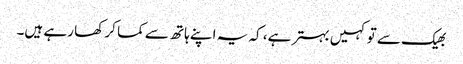
بھیک سے تو کہیں بہتر ہے، کہ یہ اپنے ہاتھ سے کما کر کھا رہے ہیں۔